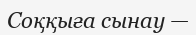
Соққыға сынау —